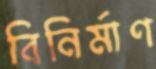
বিনির্মাণ